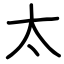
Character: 太